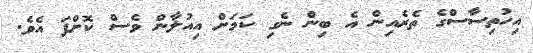
އިހުތިސާސްގެ ތެރެއިން އެ ބިން ނެގި ކަމަށް އިއުލާން ވެސް ކޮށްފަ އެވެ.